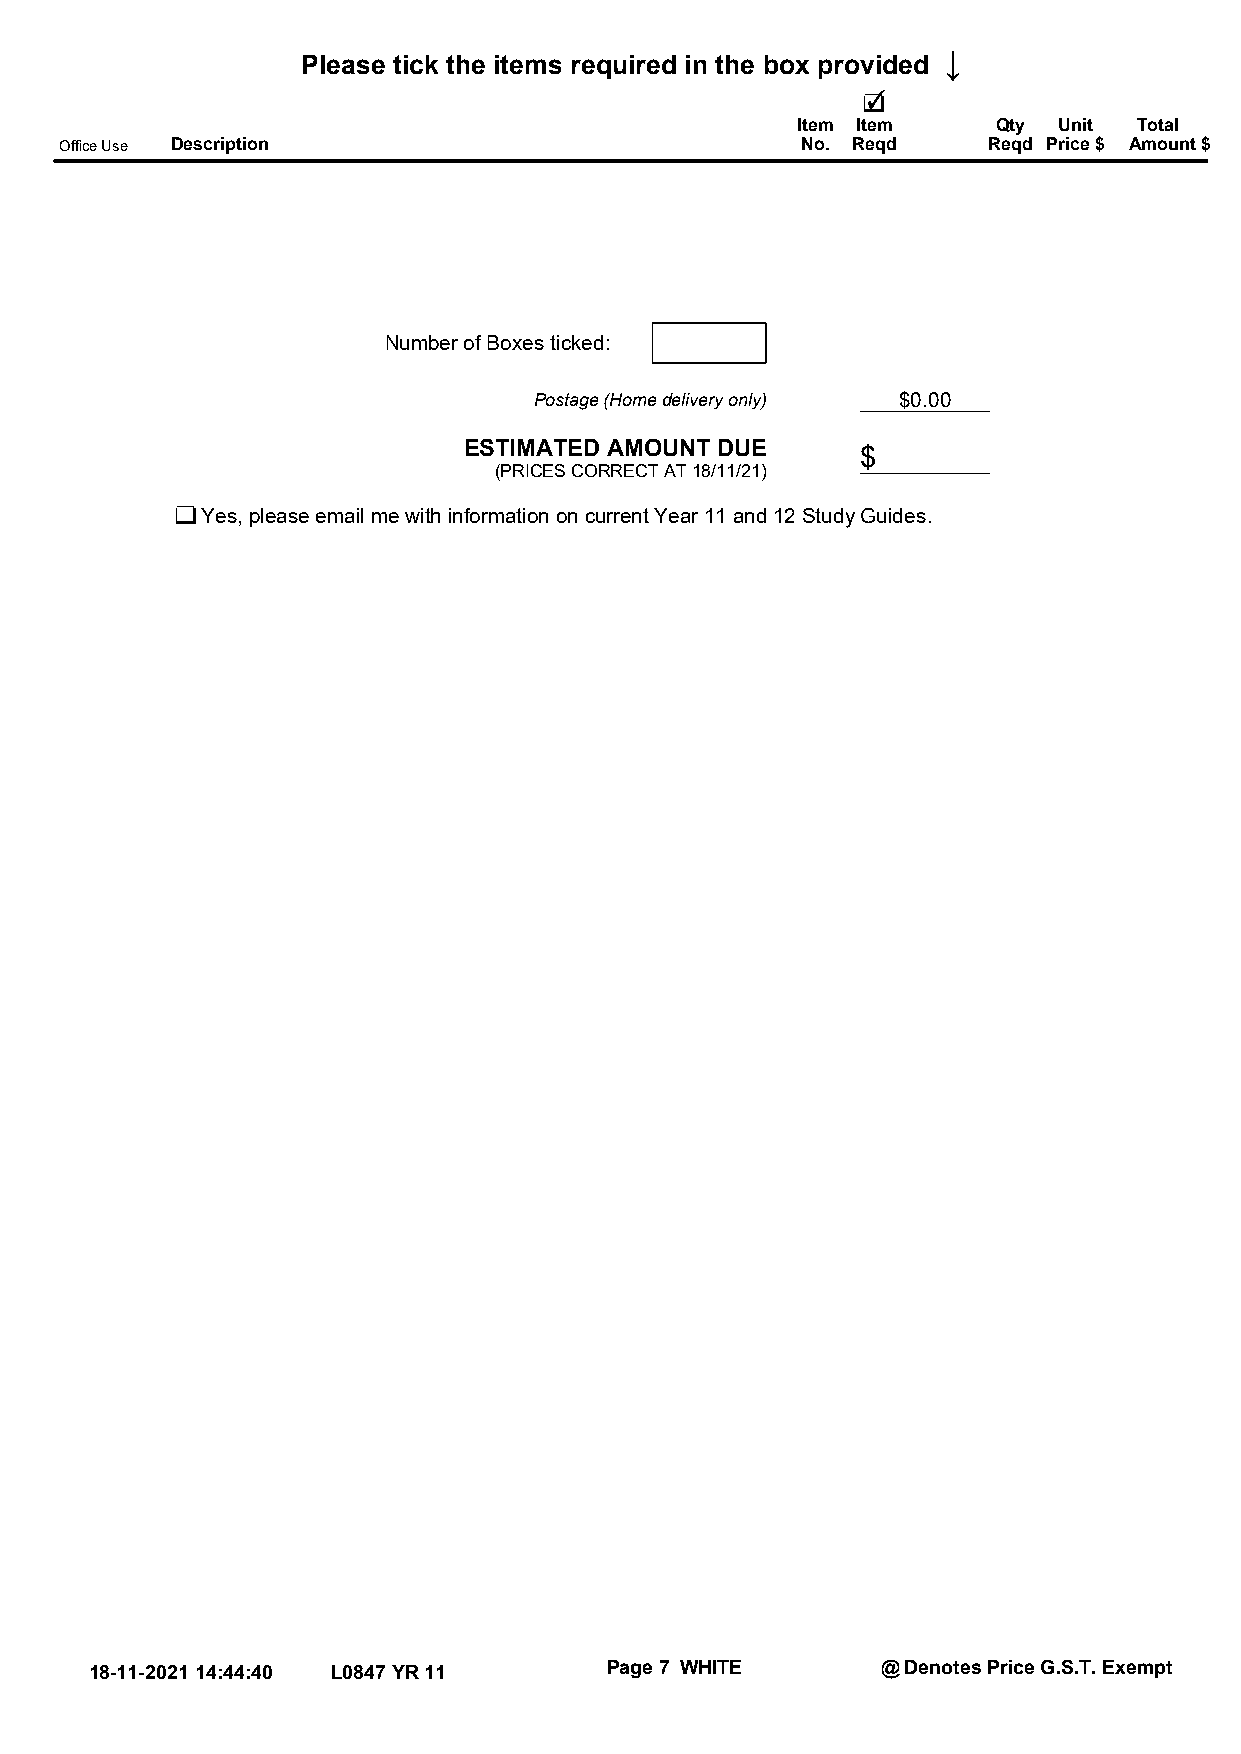
↓
 Please tick the items required in the box provided
 Item Item    Qty Unit Total
 Office Use Description                           No. Reqd    Reqd Price $ Amount $
 Number of Boxes ticked:
 Postage (Home delivery only) $0.00
 ESTIMATED AMOUNT DUE
 $
 (PRICES CORRECT AT 18/11/21)
 Yes, please email me with information on current Year 11 and 12 Study Guides.
 18-11-2021 14:44:40 L0847 YR 11   Page 7 WHITE      @ Denotes Price G.S.T. Exempt